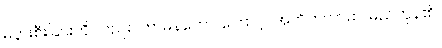
မပွားစီးခြင်းကို လည်း။ ကာမနတော၊ ကြောင့်။ အဟိတကာမာ၊ မည်ကုန်၏။